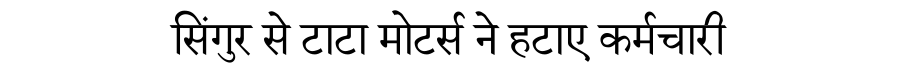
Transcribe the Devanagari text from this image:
सिंगुर से टाटा मोटर्स ने हटाए कर्मचारी